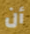
أن